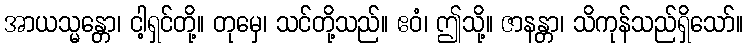
အာယသ္မန္တော၊ ငါ့ရှင်တို့။ တုမှေ၊ သင်တို့သည်။ ဧဝံ၊ ဤသို့။ ဇာနန္တာ၊ သိကုန်သည်ရှိသော်။